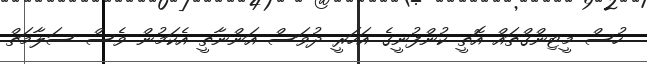
ހުސް މީޓިންގްތައް އޮތީ ކުންފުނީގެ އަހަރީ ދުވަސް އަންނާތީ އެކަމުން ވެސް ސަލާމަތް